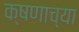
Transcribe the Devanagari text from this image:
क्षणाच्या